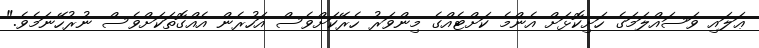
ޢަލައި ވަސައްލަމަގެ ހަށިކޮޅަށް އެންމެ ކަށްޓެއްގެ މިންވަރު ހެރޭކަށްވެސް އަހުރެން އެއްގޮތަކަށްވެސް ނުރުހޭނަމެވެ."